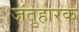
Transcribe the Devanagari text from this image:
जंतुहारक